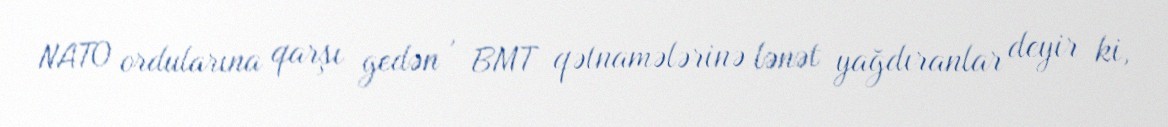
NATO ordularına qarşı gedən , BMT qətnamələrinə lənət yağdıranlar deyir ki,